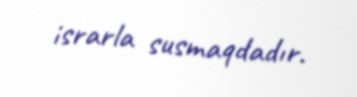
israrla susmaqdadır.